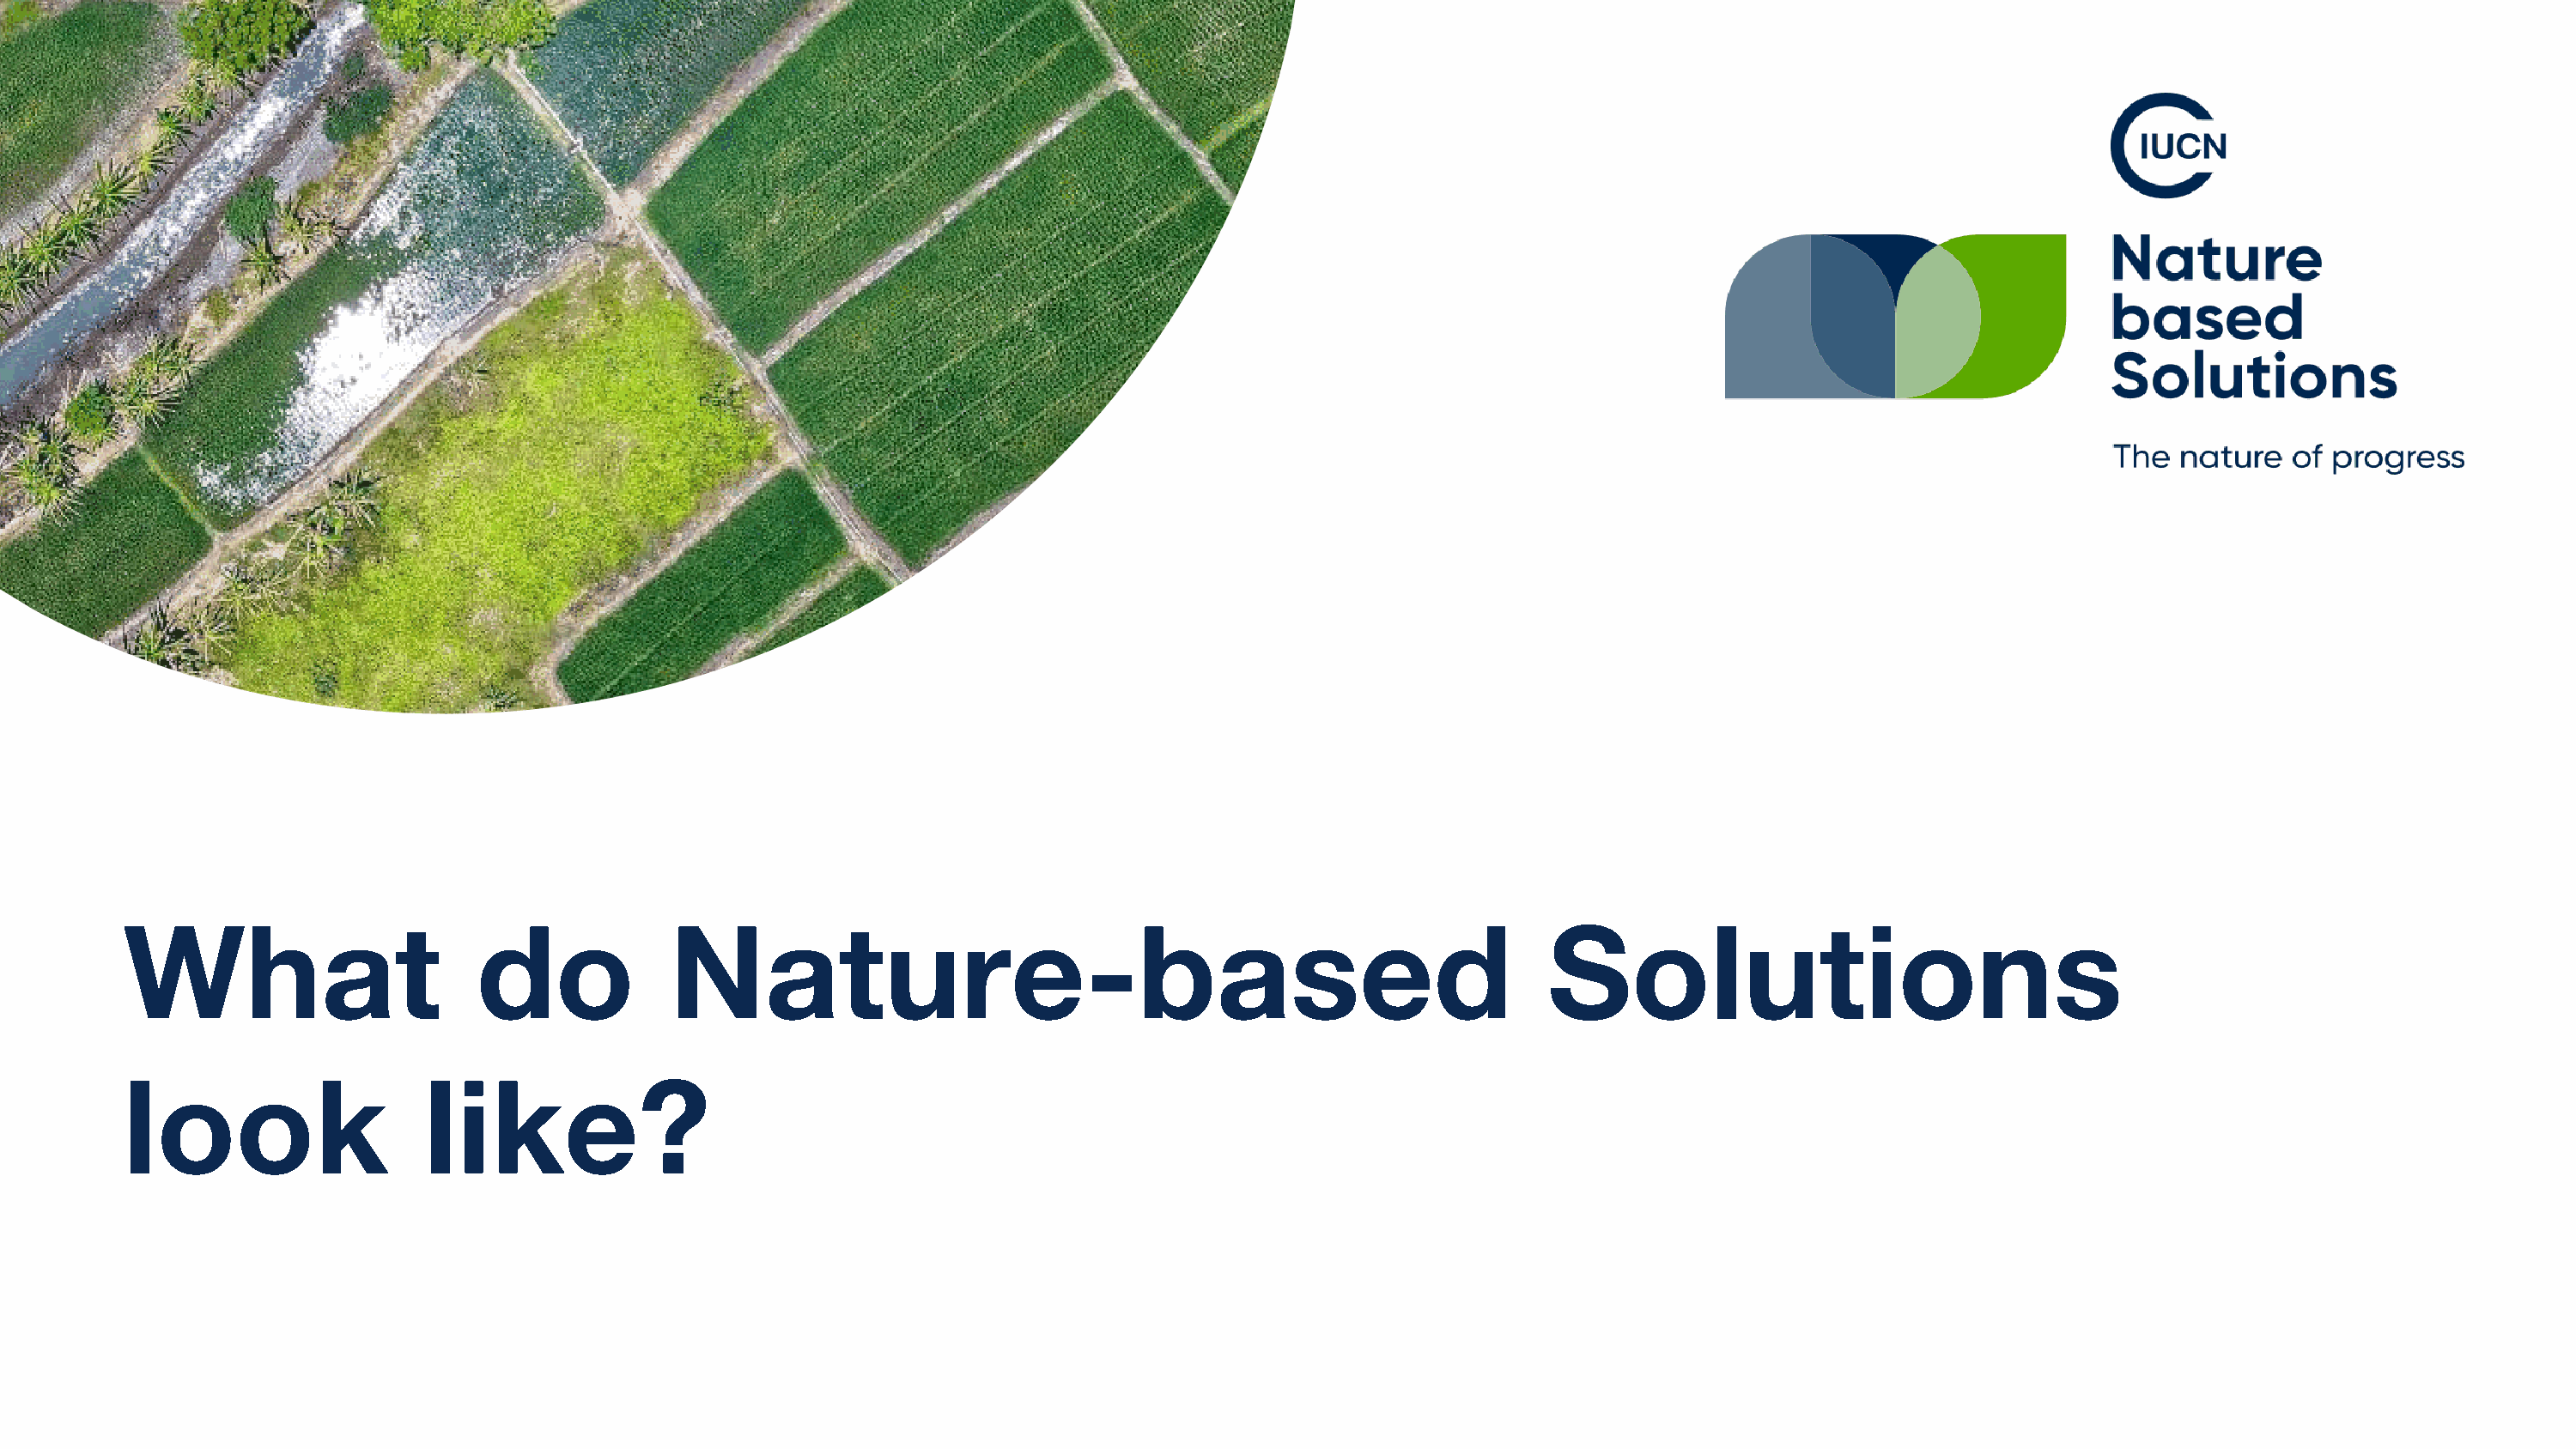
What                       do             Nature-based                                                       Solutions
 look                   like?